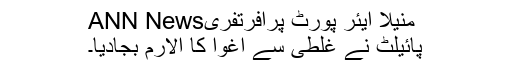
منیلا ایئر پورٹ پرافرتفریANN News
پائیلٹ نے غلطی سے اغوا کا الارم بجادیا۔